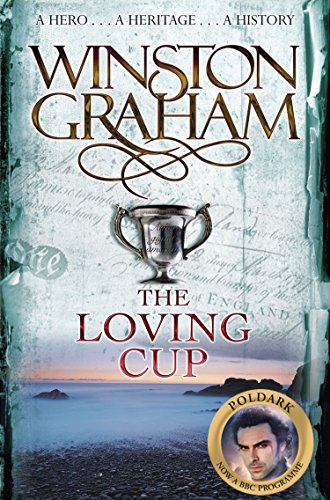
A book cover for The Loving Cup: A Novel of Cornwall 1813EE1815 (The Poldark Saga); Winston Graham; Literature & Fiction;